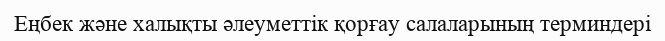
Еңбек және халықты әлеуметтiк қорғау салаларының терминдері